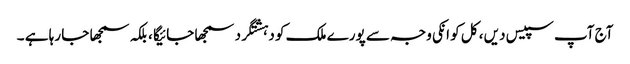
آج آپ سپیس دیں ، کل کو انکی وجہ سے پورے ملک کو دہشتگرد سمجھا جائیگا ، بلکہ سمجھا جا رہا ہے ۔